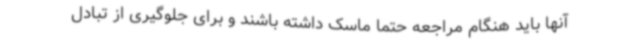
آنها باید هنگام مراجعه حتما ماسک داشته باشند و برای جلوگیری از تبادل